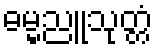
ဓမ္မညူသုတ္တံ